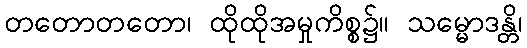
တတောတတော၊ ထိုထိုအမှုကိစ္စ၌။ သမ္မောဒန္တိ၊